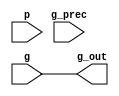
module g_0 ( g, p, g_prec, g_out );
  input g, p, g_prec;
  output g_out;
  wire   g;
  assign g_out = g;
endmodule